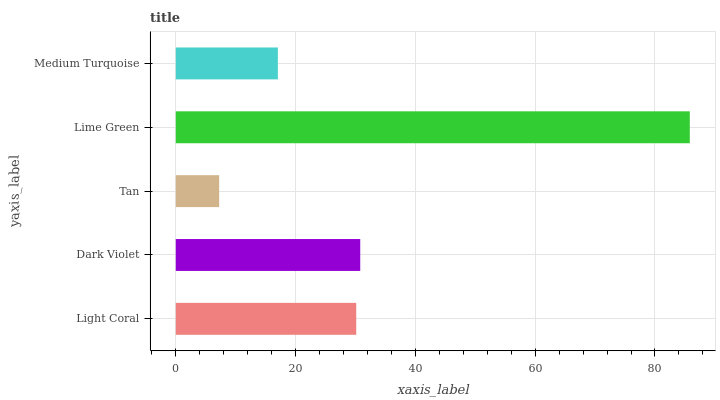
| yaxis_label | bars |
 | --- | --- |
 | Light Coral | 30.1 |
 | Dark Violet | 30.8 |
 | Tan | 7.24 |
 | Lime Green | 85.8 |
 | Medium Turquoise | 17 |